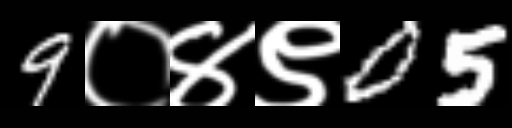
Text: 9०४९05